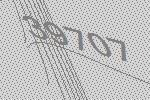
39707